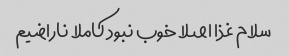
سلام غذا اصلا خوب نبود کاملا ناراضیم